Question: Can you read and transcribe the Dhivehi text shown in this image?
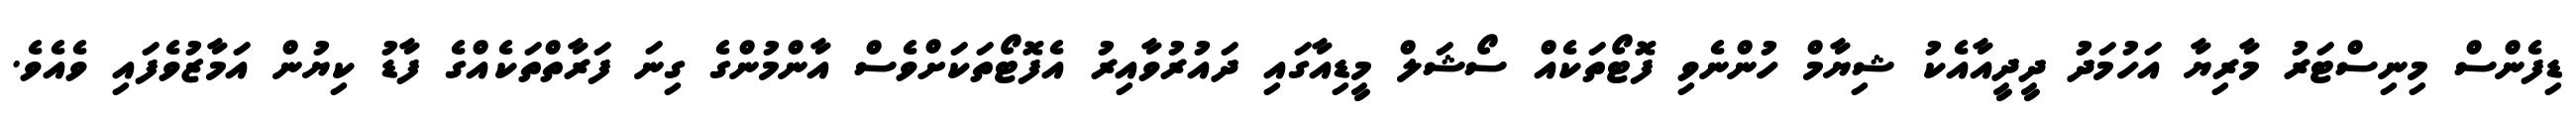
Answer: ޑިފެންސް މިނިސްޓަރު މާރިޔާ އަހުމަދު ދީދީއާއެކު ޝިޔާމް ހުންނެވި ފޮޓޯތަކެއް ސޯޝަލް މީޑިއާގައި ދައުރުވާއިރު އެފޮޓޯތަކަށްވެސް އާންމުންގެ ގިނަ ފަރާތްތަކެއްގެ ފާޑު ކިޔުން އަމާޒުވެފައި ވެއެވެ.